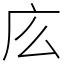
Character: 庅